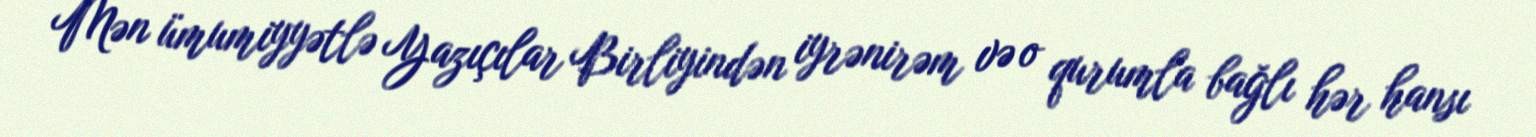
Mən ümumiyyətlə Yazıçılar Birliyindən iyrənirəm və o qurumla bağlı hər hansı